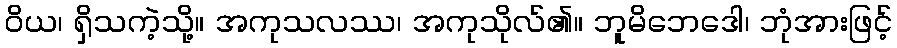
ဝိယ၊ ရှိသကဲ့သို့။ အကုသလဿ၊ အကုသိုလ်၏။ ဘူမိဘေဒေါ၊ ဘုံအားဖြင့်